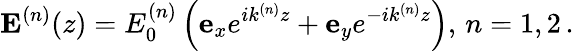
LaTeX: {\mathbf E}^{(n)}(z)=E_{0}^{(n)}\left({\mathbf e}_{x}e^{ik^{(n)}z}+{\mathbf e}_{y}e^{-ik^{(n)}z}\right),\, n=1,2\, .